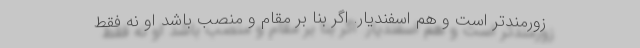
زورمندتر است و هم اسفندیار. اگر بنا بر مقام و منصب باشد او نه فقط